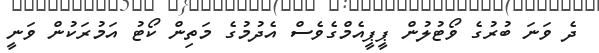
ދެ ވަނަ ބުރުގެ ވޯޓުލުން ޕީޕީއެމްގެވެސް އެދުމުގެ މަތިން ކޯޓު އަމުރަކުން ވަނީ